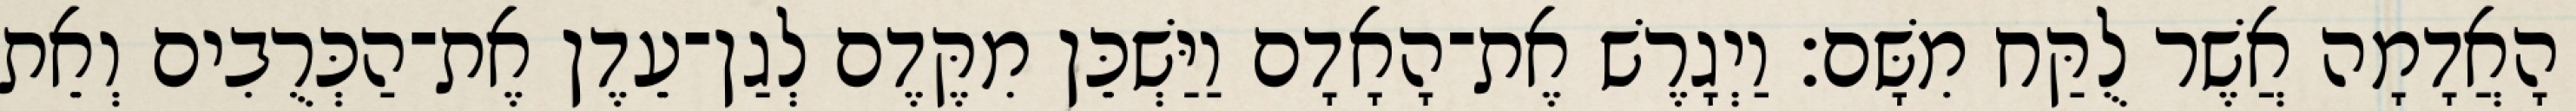
הָאֲדָמָה אֲשֶׁר לֻקַּח מִשָּׁם׃ וַיְגָרֶשׁ אֶת־הָאָדָם וַיַּשְׁכֵּן מִקֶּדֶם לְגַן־עֵדֶן אֶת־הַכְּרֻבִים וְאֵת